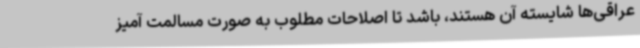
عراقی‌ها شایسته آن هستند، باشد تا اصلاحات مطلوب به صورت مسالمت آمیز